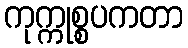
ကုက္ကုစ္စပကတာ